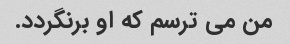
من می ترسم که او برنگردد.